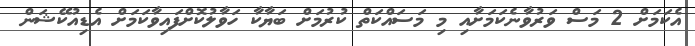
އެކަމަށް 2 މަސް ވަރުވާނެކަމަށާއި މި މަސައްކަތް ކުރުމަށް ބަޔާކާ ހަވާލުކޮށްފައިވާކަމަށް އެޑިއުކޭޝަން